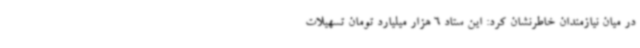
در میان نیازمندان خاطرنشان کرد: این ستاد 6 هزار میلیارد تومان تسهیلات